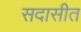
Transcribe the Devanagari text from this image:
सदासीत